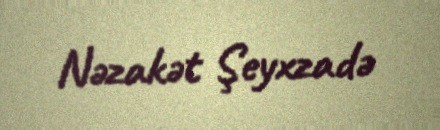
Nəzakət Şeyxzadə